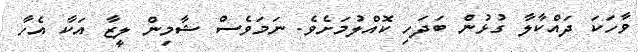
ވާހަކަ ދައްކާލާ ގުޅުން ބަދަހި ކޮއްލުމަށެވެ. ނަމަވެސް ޝާމިން ލީޒާ އަކާ އެހާ